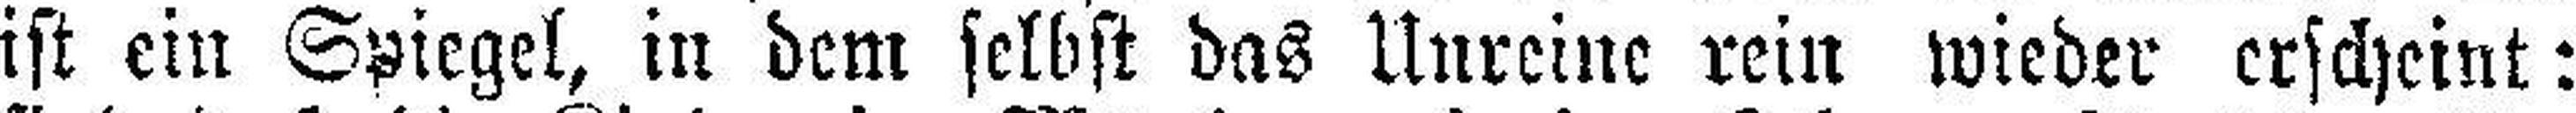
ist ein Spiegel, in dem selbst das Unreine rein wieder erscheint: